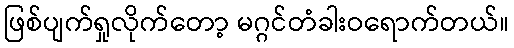
ဖြစ်ပျက်ရှုလိုက်တော့ မဂ္ဂင်တံခါးဝရောက်တယ်။